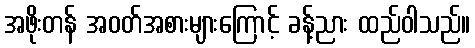
အဖိုးတန် အဝတ်အစားများကြောင့် ခန့်ညား ထည်ဝါသည်။